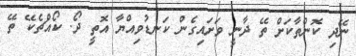
ނޭދި ކޮންތާކަށް ތޭ ދާނީ ވަށައިގެން ކަނޑުވިއްޔާ އޮތީ ދޯ. ކޯއްްޗެކޭ ތޭ